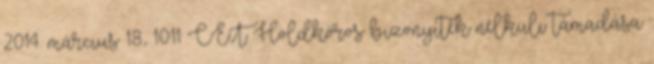
2014. március 18., 10:11 CET Holdkóros bizonyíték nélküli támadása